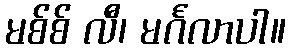
မစ်စ် လီ၊ မင်္ဂလာပါ။